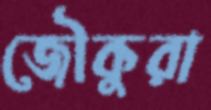
জৌকুরা